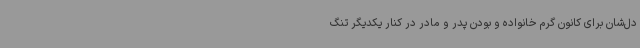
دل‌شان برای کانون گرم خانواده و بودن پدر و مادر در کنار یکدیگر تنگ